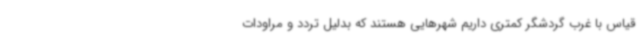
قیاس با غرب گردشگر کمتری داریم شهرهایی هستند که بدلیل تردد و مراودات